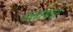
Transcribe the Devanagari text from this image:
क्लोथार